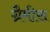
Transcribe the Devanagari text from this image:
ग्रैमीस